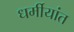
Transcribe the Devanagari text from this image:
धर्मीयांत